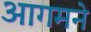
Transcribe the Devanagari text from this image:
आगमने